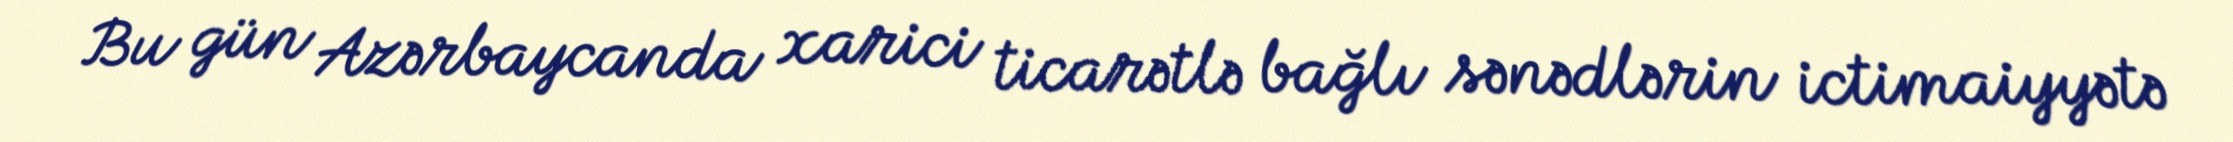
Bu gün Azərbaycanda xarici ticarətlə bağlı sənədlərin ictimaiyyətə